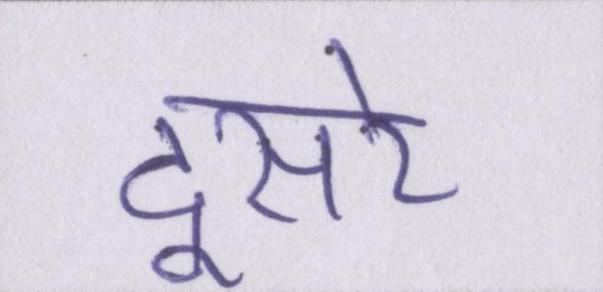
दूसरे